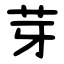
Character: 芽